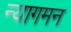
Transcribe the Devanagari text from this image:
न्यागमन